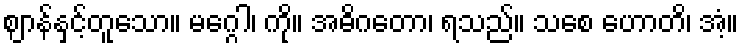
ဈာန်နှင့်တူသော။ မဂ္ဂေါ၊ ကို။ အဓိဂတော၊ ရသည်။ သစေ ဟောတိ၊ အံ့။